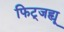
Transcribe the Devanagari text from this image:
फिट्जह्यू